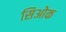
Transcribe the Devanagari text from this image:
सिओक